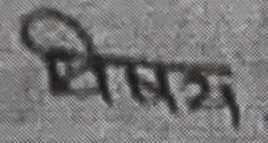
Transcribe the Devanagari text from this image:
श्रीयशम